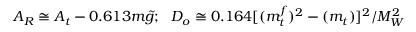
A _ { R } \cong A _ { t } - 0 . 6 1 3 m { \tilde { g } } ; ~ ~ D _ { o } \cong 0 . 1 6 4 \lbrack ( m _ { t } ^ { f } ) ^ { 2 } - ( m _ { t } ) \rbrack ^ { 2 } / M _ { W } ^ { 2 }